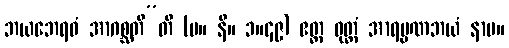
ဘယဘေရဝံ အာဂစ္ဆတီ”တိ (မ။ နိ။ ၁။၄၉) ဧတ္ထ ဝုတ္တံ အာရမ္မဏဘယံ နာမ။